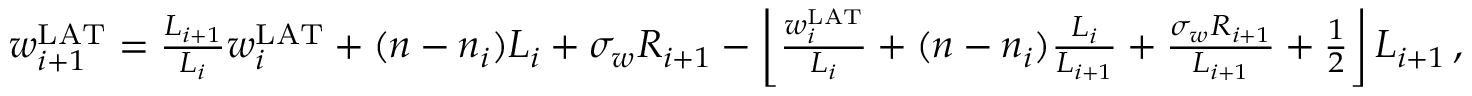
\begin{array} { r } { w _ { i + 1 } ^ { \mathrm { L A T } } = \frac { L _ { i + 1 } } { L _ { i } } w _ { i } ^ { \mathrm { L A T } } + ( n - n _ { i } ) L _ { i } + \sigma _ { w } R _ { i + 1 } - \left\lfloor \frac { w _ { i } ^ { \mathrm { L A T } } } { L _ { i } } + ( n - n _ { i } ) \frac { L _ { i } } { L _ { i + 1 } } + \frac { \sigma _ { w } R _ { i + 1 } } { L _ { i + 1 } } + \frac { 1 } { 2 } \right\rfloor L _ { i + 1 } \, , } \end{array}